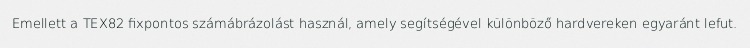
Emellett a TEX82 fixpontos számábrázolást használ, amely segítségével különböző hardvereken egyaránt lefut.